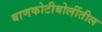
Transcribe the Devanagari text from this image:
बाणकोटीबोलींतील